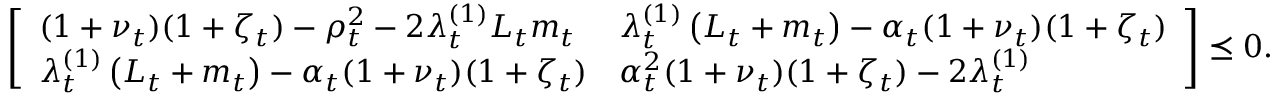
\left[ \begin{array} { l l } { ( 1 + \nu _ { t } ) ( 1 + \zeta _ { t } ) - \rho _ { t } ^ { 2 } - 2 \lambda _ { t } ^ { ( 1 ) } L _ { t } m _ { t } } & { \lambda _ { t } ^ { ( 1 ) } \left( L _ { t } + m _ { t } \right) - \alpha _ { t } ( 1 + \nu _ { t } ) ( 1 + \zeta _ { t } ) } \\ { \lambda _ { t } ^ { ( 1 ) } \left( L _ { t } + m _ { t } \right) - \alpha _ { t } ( 1 + \nu _ { t } ) ( 1 + \zeta _ { t } ) } & { \alpha _ { t } ^ { 2 } ( 1 + \nu _ { t } ) ( 1 + \zeta _ { t } ) - 2 \lambda _ { t } ^ { ( 1 ) } } \end{array} \right] \preceq 0 .